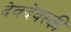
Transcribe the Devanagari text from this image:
देवदेवस्की